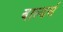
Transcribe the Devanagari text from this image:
बाल्डर्स